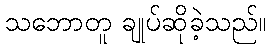
သဘောတူ ချုပ်ဆိုခဲ့သည်။